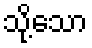
သို့သော